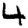
Digit: 4